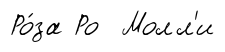
Ро́за Ро Молл'и